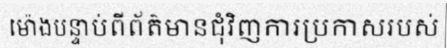
ម៉ោងបន្ទាប់ពីព័ត៌មានជុំវិញការប្រកាសរបស់